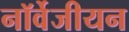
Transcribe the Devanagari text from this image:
नॉर्वेजीयन